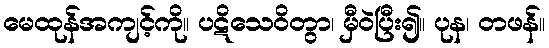
မေထုန်အကျင့်ကို။ ပဋိသေဝိတွာ၊ မှီဝဲပြီး၍။ ပုန၊ တဖန်။